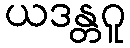
ယဒန္တဂူ